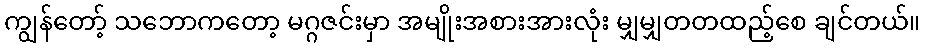
ကျွန်တော့် သဘောကတော့ မဂ္ဂဇင်းမှာ အမျိုးအစားအားလုံး မျှမျှတတထည့်စေ ချင်တယ်။